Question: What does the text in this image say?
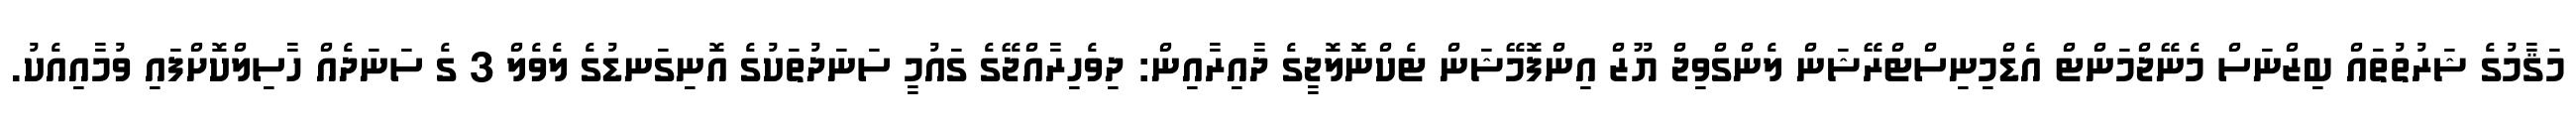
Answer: މަޤާމުގެ ޝަރުތުތައް ބިޒްނަސް މެނޭޖްމަންޓް އެޑްމިނިސްޓްރޭޝަން ލެންގްވިޖް ޔޫޒް އިންފޮމޭޝަން ޓެކްނޮލޮޖީގެ ދާއިރާއިން: ދިވެހިރާއްޖޭގެ ގައުމީ ސަނަދުތަކުގެ އޮނިގަނޑުގެ ލެވެލް 3 ގެ ސަނަދެއް ހާސިލްކޮށްފައި ވުމާއިއެކު.